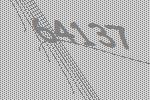
64137